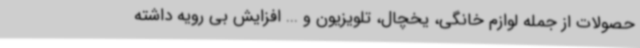
حصولات از جمله لوازم خانگی، یخچال، تلویزیون و ... افزایش بی رویه داشته